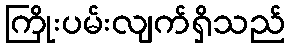
ကြိုးပမ်းလျက်ရှိသည်